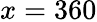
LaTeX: x=360